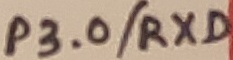
Text: P3.0/RXD